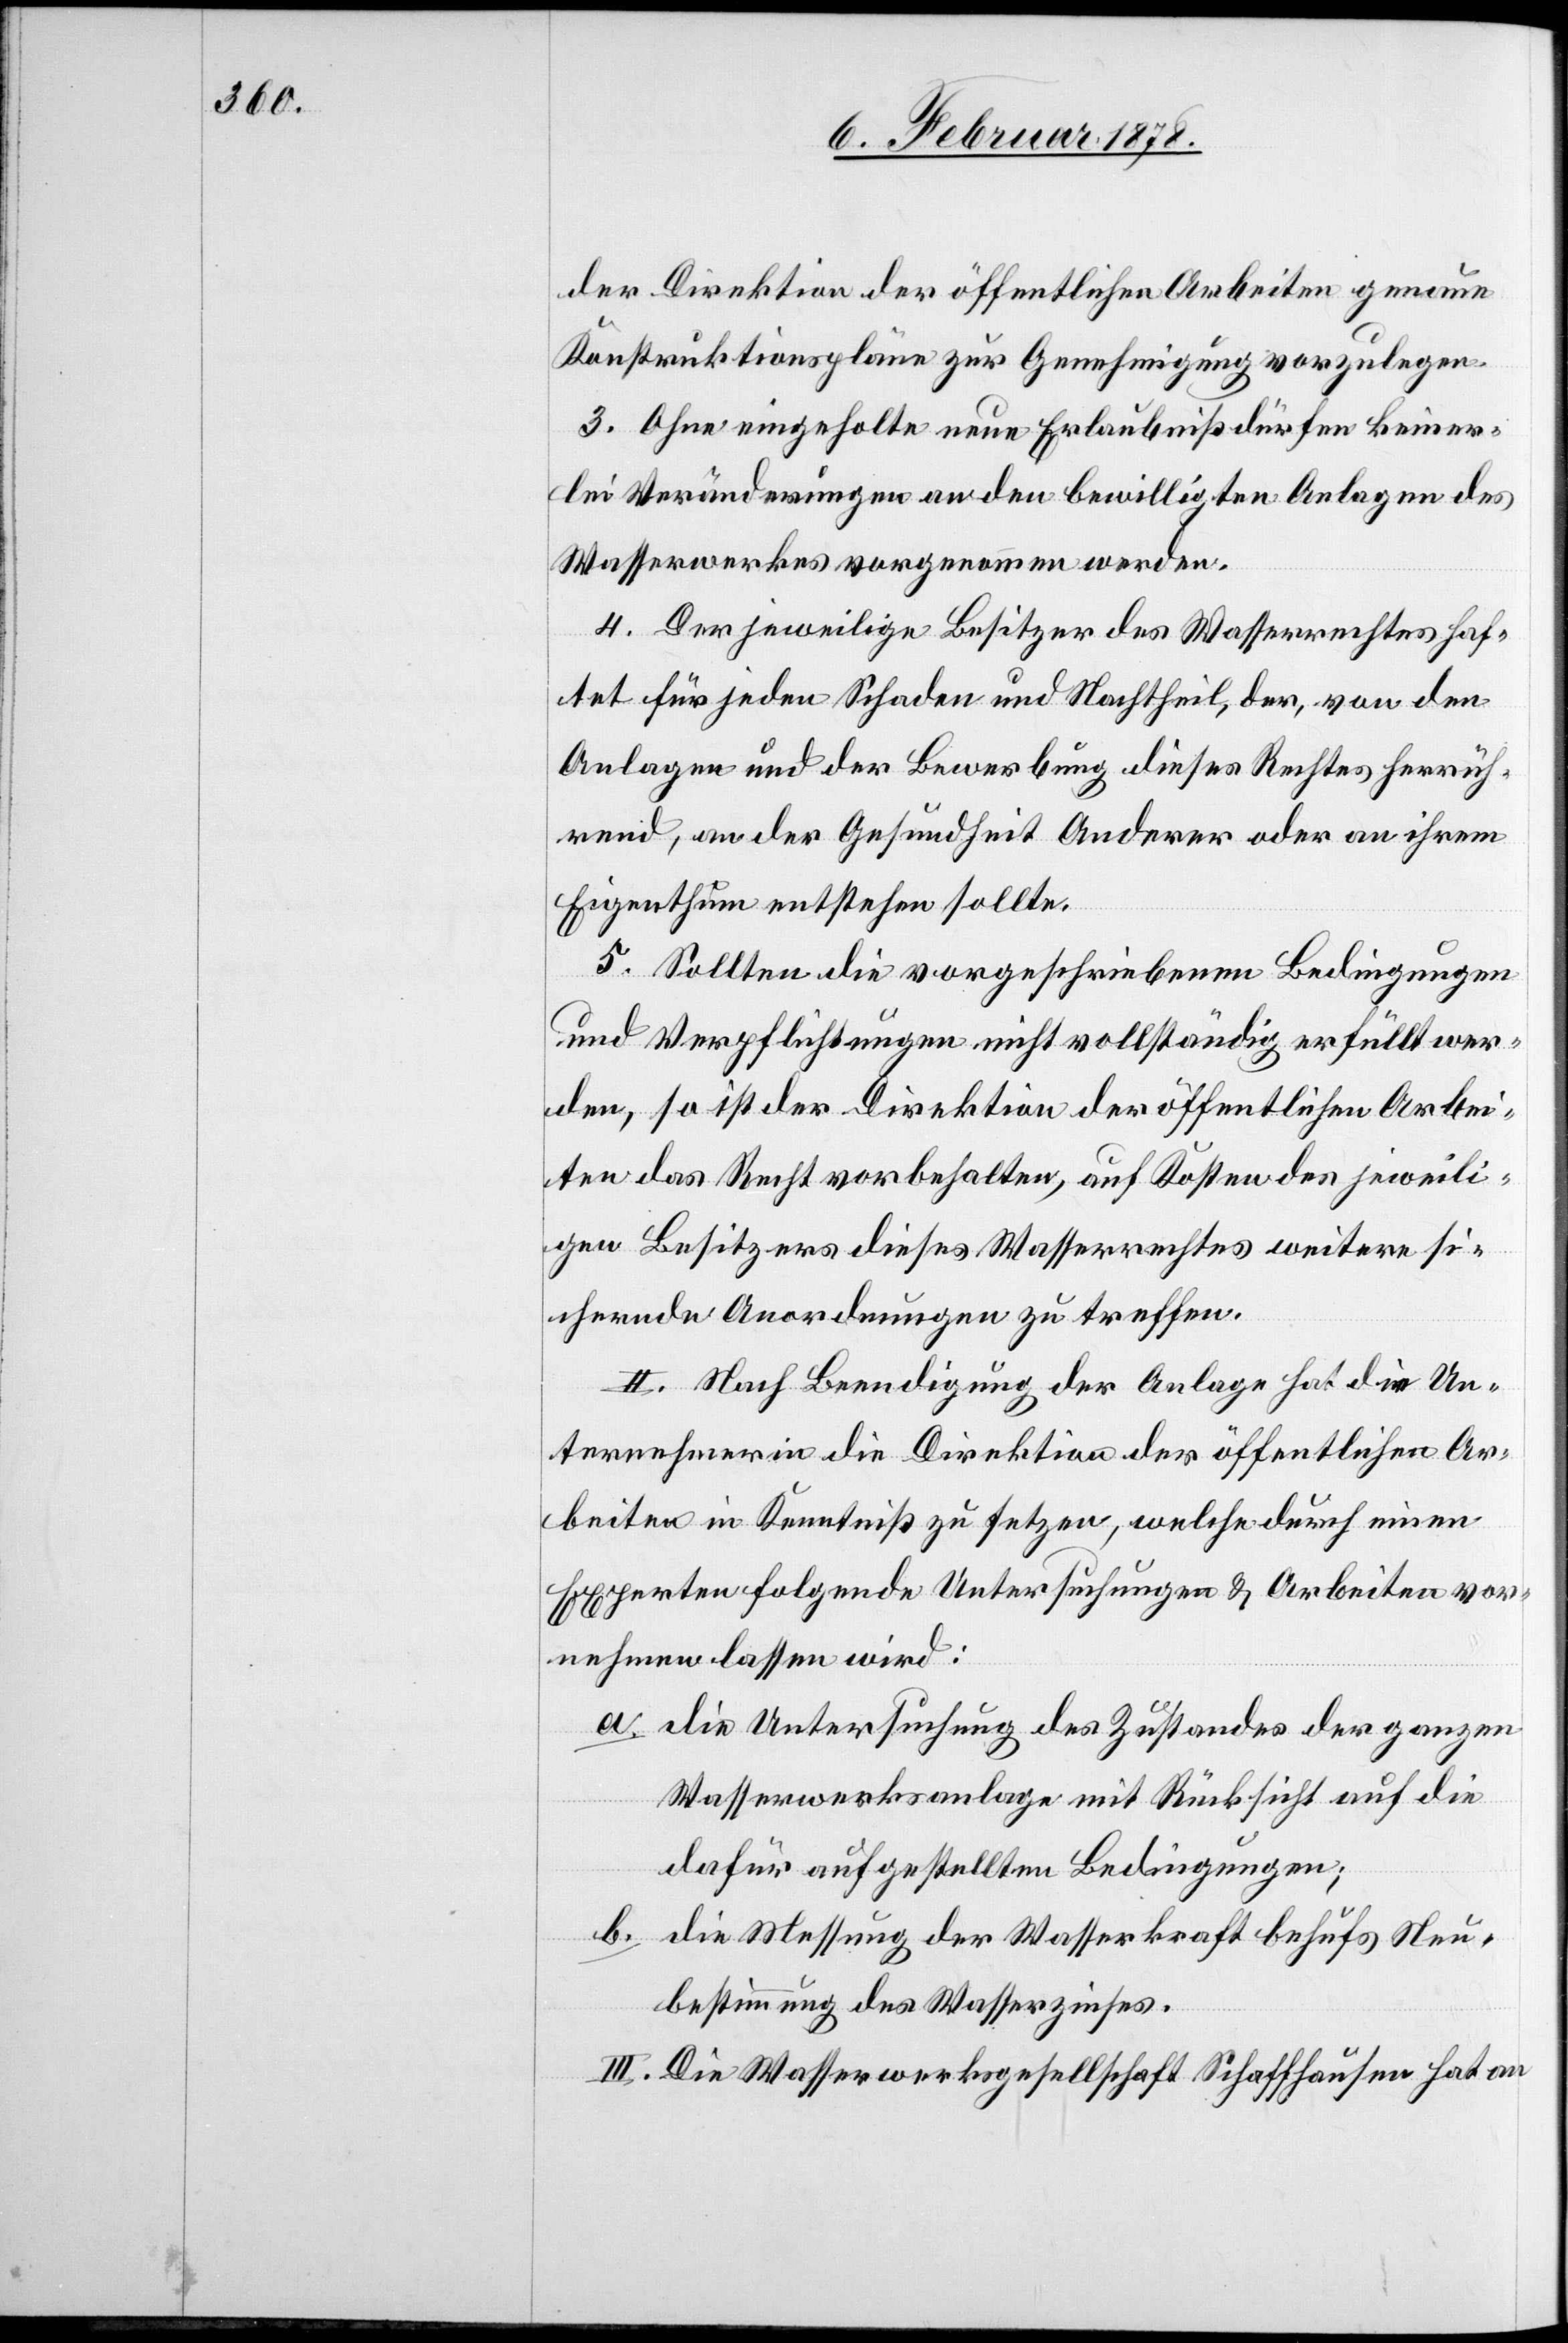
Direktion der öffentlichen Arbeiten genaue
Konstruktionspläne zur Genehmigung vorzulegen.
3. Ohne eingeholte neue Erlaubniß dürfen keiner¬
lei Veränderungen an den bewilligten Anlagen des
Wasserwerkes vorgenommen werden.
4. Der jeweilige Besitzer des Wasserrechtes haf¬
tet für jeden Schaden und Nachtheil, der, von den
Anlagen und der Bewerbung dieses Rechtes herrüh¬
rend, an der Gesundheit Anderer oder an ihrem
Eigenthum entstehen sollte.
5. Sollten die vorgeschriebenen Bedingungen
und Verpflichtungen nicht vollständig erfüllt wer¬
den, so ist der Direktion der öffentlichen Arbei¬
ten das Recht vorbehalten, auf Kosten des jeweili¬
gen Besitzers dieses Wasserrechtes weitere si¬
chernde Anordnungen zu treffen.
II. Nach Beendigung der Anlage hat die Un¬
ternehmerin die Direktion der öffentlichen Ar¬
beiten in Kenntniß zu setzen, welche durch einen
Experten folgende Untersuchungen & Arbeiten vor¬
nehmen lassen wird:
a. die Untersuchung des Zustandes der ganzen
Wasserwerksanlage mit Rücksicht auf die
dafür aufgestellten Bedingungen;
b. die Messung der Wasserkraft behufs Neu¬
bestimmung des Wasserzinses.
III. Die Wasserwerksgesellschaft Schaffhausen hat an